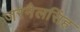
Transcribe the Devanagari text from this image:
जरनैलसिंह